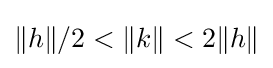
\|h\|/2<\|k\|<2\|h\|